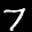
Label: 7